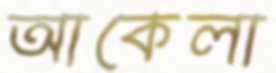
আকেলা